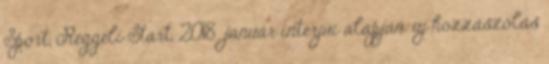
Sport, Reggeli Start, 2018. január interjúi alapján. új hozzászólás